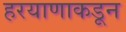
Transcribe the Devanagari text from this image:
हरयाणाकडून